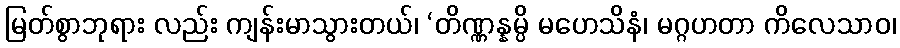
မြတ်စွာဘုရား လည်း ကျန်းမာသွားတယ်၊ ‘တိဏ္ဏန္နမ္ပိ မဟေသိနံ၊ မဂ္ဂဟတာ ကိလေသာဝ၊